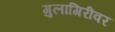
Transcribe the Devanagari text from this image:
गुलागिरीवर